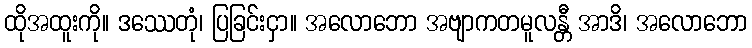
ထိုအထူးကို။ ဒဿေတုံ၊ ပြခြင်းငှာ။ အလောဘော အဗျာကတမူလန္တီ အာဒိ၊ အလောဘော